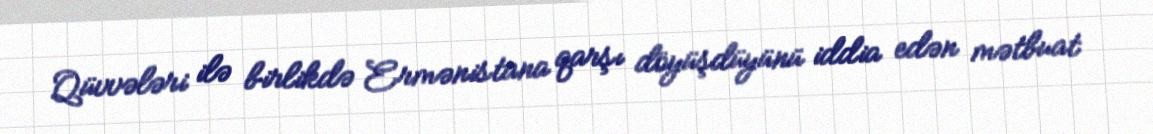
Qüvvələri ilə birlikdə Ermənistana qarşı döyüşdüyünü iddia edən mətbuat